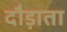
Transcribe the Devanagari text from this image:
दौड़ाता